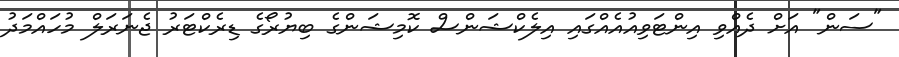
"ސަން" އަށް ދެއްވި އިންޓަވިއުއެއްގައި އިލެކްޝަންސް ކޮމިޝަންގެ ބިޔުރޯގެ ޑިރެކްޓަރު ޖެނަރަލް މުހައްމަދު